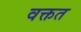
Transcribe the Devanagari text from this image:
वक्तत